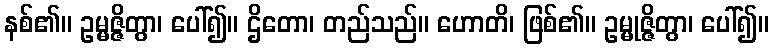
နစ်၏။ ဥမ္မဇ္ဇိတွာ၊ ပေါ်၍။ ဌိတော၊ တည်သည်။ ဟောတိ၊ ဖြစ်၏။ ဥမ္မုဇ္ဇိတွာ၊ ပေါ်၍။